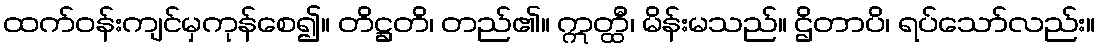
ထက်ဝန်းကျင်မှကုန်စေ၍။ တိဋ္ဌတိ၊ တည်၏။ ဣတ္ထီ၊ မိန်းမသည်။ ဌိတာပိ၊ ရပ်သော်လည်း။